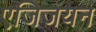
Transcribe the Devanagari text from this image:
एजिजयन